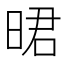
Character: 𣇉